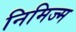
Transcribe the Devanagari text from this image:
निमिज्म